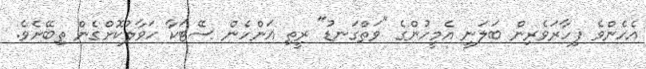
އެހެންވެ ފިހާރަވެރިން ބަލަނީ އެމީހުންގެ "ވަތްގަނޑު" ރީތި އަންހެން ސޭޓަކާ ހަވާލުކޮށްގެން ތިބޭށެވެ.